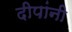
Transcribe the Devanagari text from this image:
दीपांनी